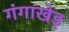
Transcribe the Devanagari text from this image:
गंगाखेड़